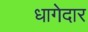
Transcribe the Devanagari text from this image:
धागेदार